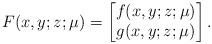
LaTeX: \begin{align*}F(x,y;z;\mu) = \begin{bmatrix} f(x,y;z;\mu) \\ g(x,y;z;\mu) \end{bmatrix}.\end{align*}